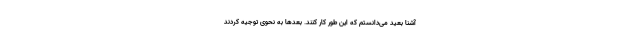
آشنا بعید می‌دانستم که این طور کار کنند. بعدها به نحوی توجیه کردند